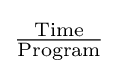
\mathrm {\tfrac {Time}{Program}}